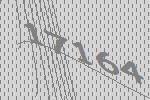
17164